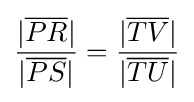
{\frac {|{\overline {PR}}|}{|{\overline {PS}}|}}={\frac {|{\overline {TV}}|}{|{\overline {TU}}|}}